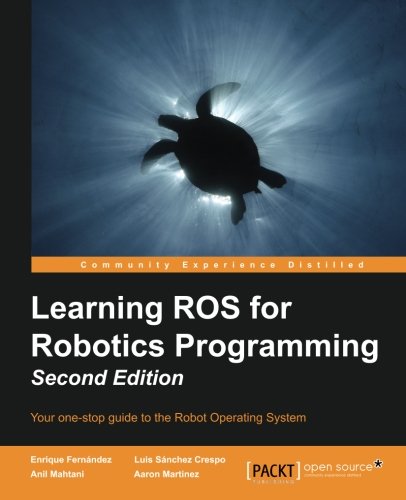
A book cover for Learning ROS for Robotics Programming - Second Edition; Enrique Fernandez; Computers & Technology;